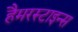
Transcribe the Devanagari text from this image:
हैमरस्टाइन्स